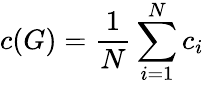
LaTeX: c(G)=\frac{1}{N}\sum_{i=1}^{N}c_{i}